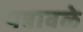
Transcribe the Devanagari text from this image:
पत्रावळे